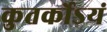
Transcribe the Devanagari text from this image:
कुतर्कोऽयं